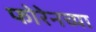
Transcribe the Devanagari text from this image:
फोरेनच्या